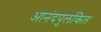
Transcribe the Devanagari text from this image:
आनंदपुलकित